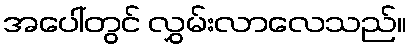
အပေါ်တွင် လွှမ်းလာလေသည်။